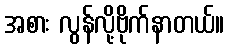
အစား လွန်လို့ဗိုက်နာတယ်။